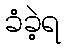
ခံခဲ့ရ